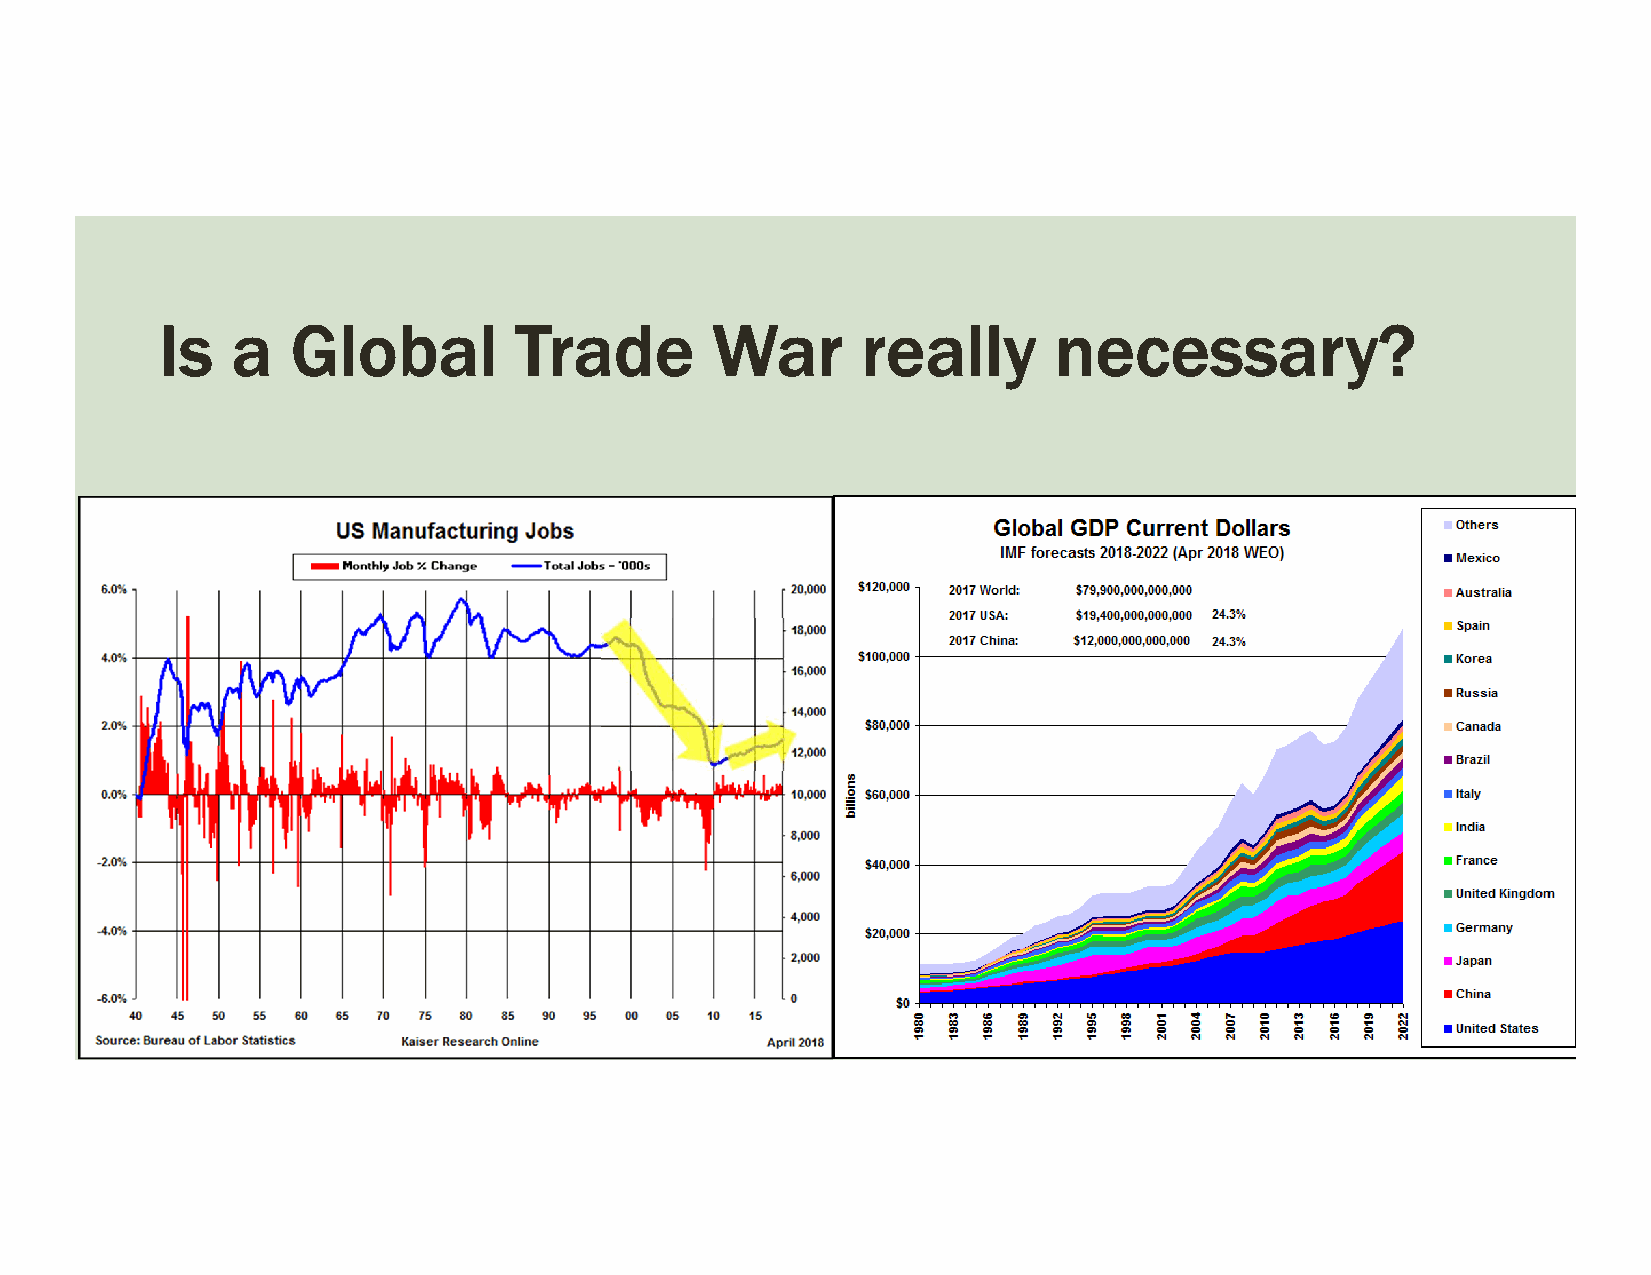
Is   a   Global         Trade        War       really       necessary?